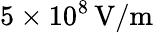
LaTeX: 5\times 10^{8}\, \mathrm{V/m}